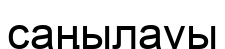
саңылауы